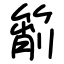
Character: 箾